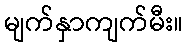
မျက်နှာကျက်မီး။